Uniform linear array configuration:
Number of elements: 4
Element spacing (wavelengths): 1
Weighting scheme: kaiser
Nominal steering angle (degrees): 45
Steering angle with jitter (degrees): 43.853
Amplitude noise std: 0.05
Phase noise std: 0.05

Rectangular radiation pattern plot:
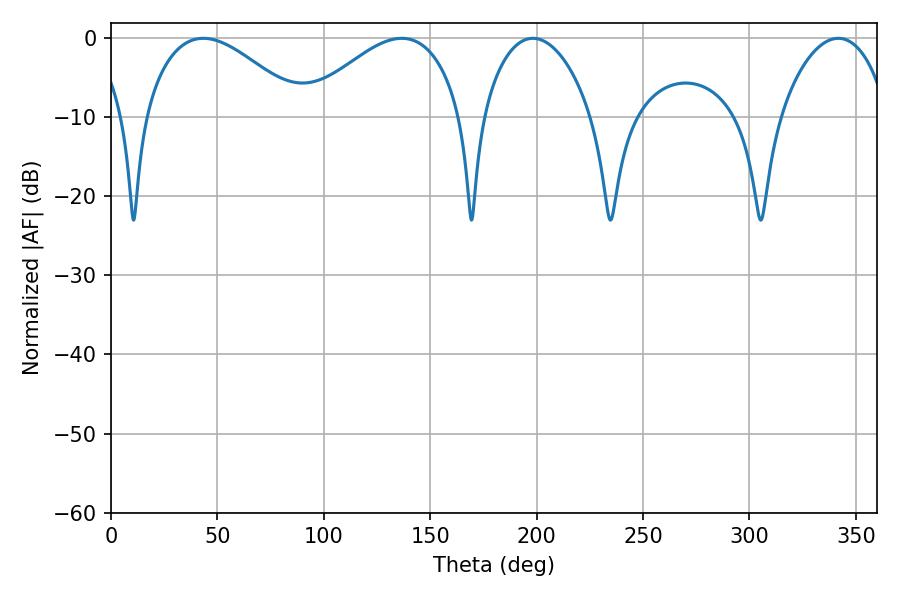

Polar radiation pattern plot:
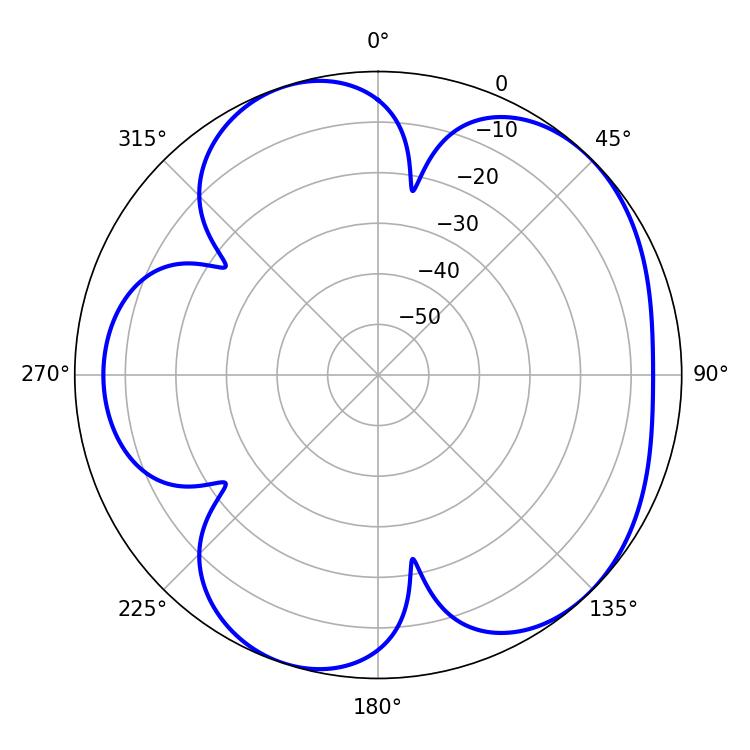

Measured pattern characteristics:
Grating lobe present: TRUE
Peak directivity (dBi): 5.247
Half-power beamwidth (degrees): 40.68
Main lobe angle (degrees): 43.38